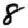
Digit: 8